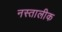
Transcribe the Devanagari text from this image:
नस्तालीक